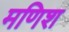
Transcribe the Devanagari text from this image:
मणिश